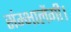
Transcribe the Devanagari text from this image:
संम्भालेंगी।